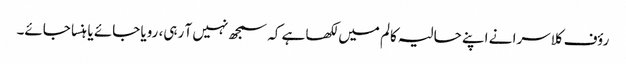
رؤف کلاسرا نے اپنے حالیہ کالم میں لکھا ہے کہ سمجھ نہیں آ رہی، رویا جائے یا ہنسا جائے۔